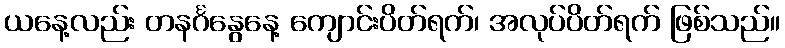
ယနေ့လည်း တနင်္ဂနွေနေ့ ကျောင်းပိတ်ရက်၊ အလုပ်ပိတ်ရက် ဖြစ်သည်။